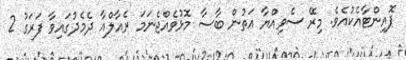
ޕޮއިންޓާއެކުއެވެ. މިރޭ ސެވިއްޔާ އަތުން ބާސާ މޮޅުވެއްޖެނަމަ ރެއާލްއާ ދެމެދުގައިވާ ފަރަގު 2